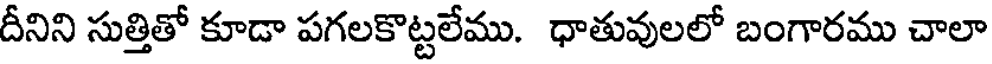
దీనిని సుత్తితో కూడా పగలకొట్టలేము. ధాతువులలో బంగారము చాలా